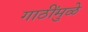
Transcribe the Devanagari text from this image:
गाठींमुळे